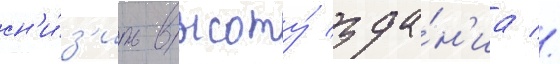
сн'и́з'ить высоту́ зда́н'иа //